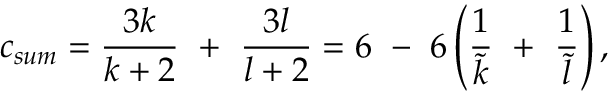
c _ { s u m } = { \frac { 3 k } { k + 2 } } ~ + ~ { \frac { 3 l } { l + 2 } } = 6 ~ - ~ 6 \left( { \frac { 1 } { \tilde { k } } } ~ + ~ { \frac { 1 } { \tilde { l } } } \right) ,